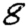
Digit: 8